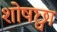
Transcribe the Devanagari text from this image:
शोषछ्वा